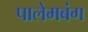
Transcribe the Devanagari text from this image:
पालेमबंग